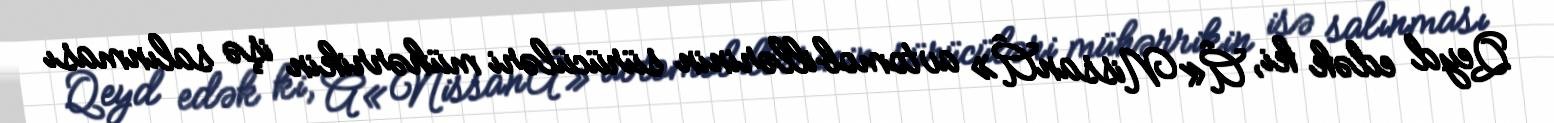
Qeyd edək ki, Â«NissanÂ» avtomobillərinin sürücüləri mühərrikin işə salınması